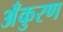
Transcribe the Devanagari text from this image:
अँकुरण